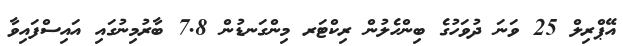
އޭޕްރިލް 25 ވަނަ ދުވަހުގެ ބިންހެލުން ރިކްޓަރ މިންގަނޑުން 7.8 ބާރުމިނުގައި އައިސްފައިވާ